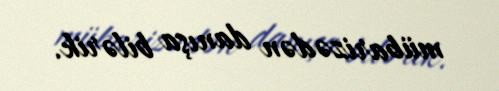
mübarizədən danışa bilərik.